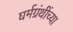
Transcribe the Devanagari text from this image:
घर्मग्रंथींच्या